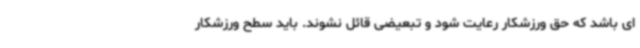
ای باشد که حق ورزشکار رعایت شود و تبعیضی قائل نشوند. باید سطح ورزشکار